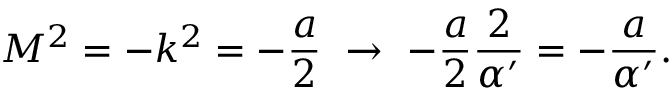
M ^ { 2 } = - k ^ { 2 } = - \frac { a } { 2 } \ \to \ - \frac { a } { 2 } \frac { 2 } { \alpha ^ { \prime } } = - \frac { a } { \alpha ^ { \prime } } .